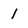
Character: 1